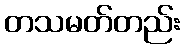
တသမတ်တည်း